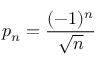
p _ { n } = { \frac { ( - 1 ) ^ { n } } { \sqrt { n } } }